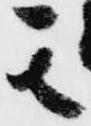
其